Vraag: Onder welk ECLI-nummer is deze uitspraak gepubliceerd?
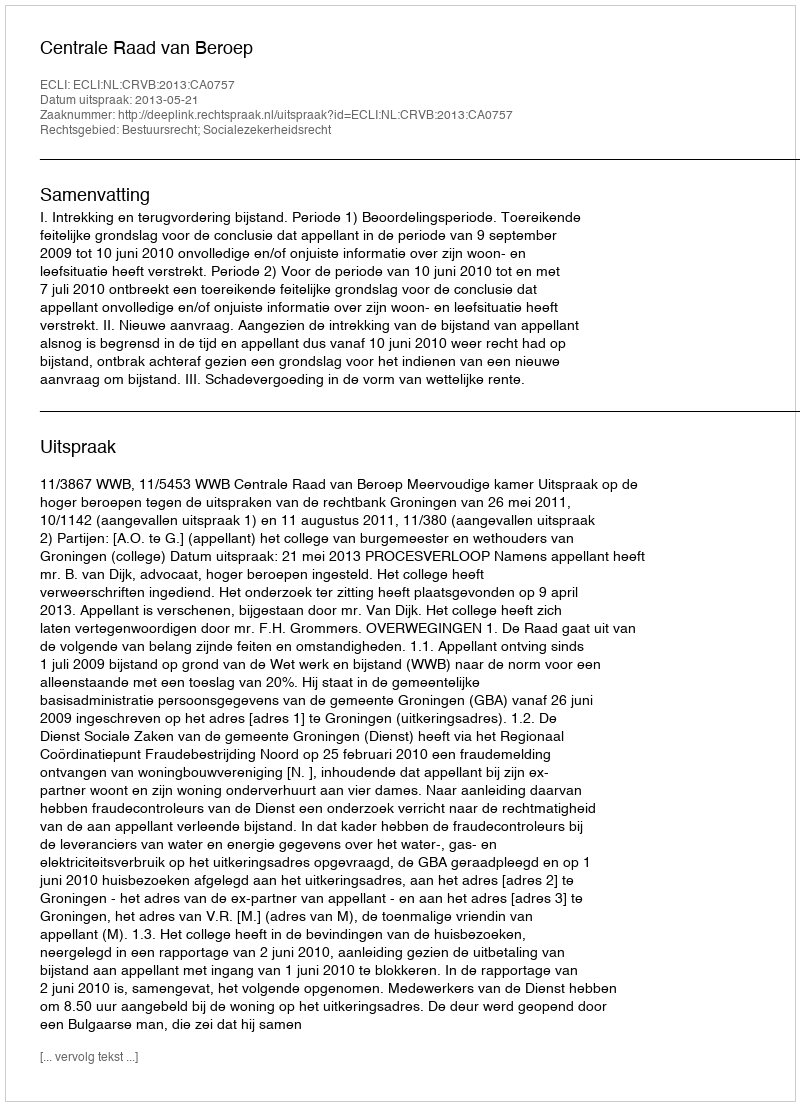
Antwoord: ECLI:NL:CRVB:2013:CA0757